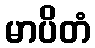
မာပိတံ